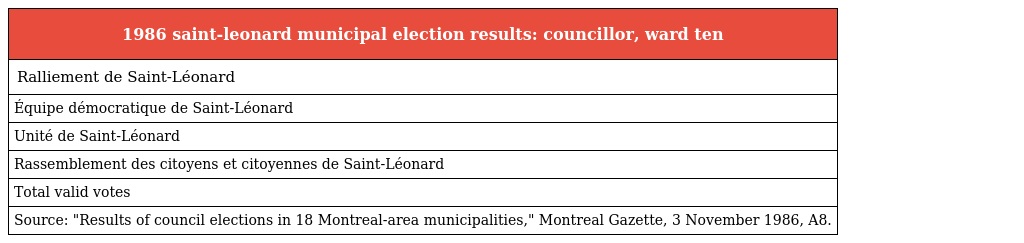
| 1986 saint-leonard municipal election results: councillor, ward ten |
 | --- |
 | Ralliement de Saint-Léonard |
 | Équipe démocratique de Saint-Léonard |
 | Unité de Saint-Léonard |
 | Rassemblement des citoyens et citoyennes de Saint-Léonard |
 | Total valid votes |
 | Source: "Results of council elections in 18 Montreal-area municipalities," Montreal Gazette, 3 November 1986, A8. |